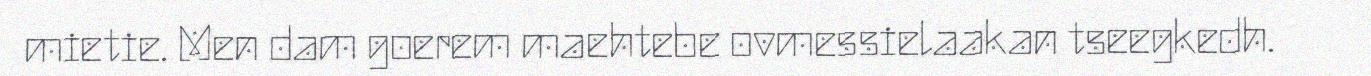
mietie. Men dam goerem maehtebe ovmessielaakan tseegkedh.